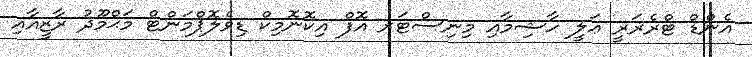
އެންޑް ޓްރެޜަރީ ޢަލީ ހާޝިމާއި މިނިސްޓަރ އޮފް އިކޮނޮމިކް ޑިވެލޮޕްމަންޓް މަޙްމޫދު ރާޒީއާއި